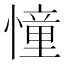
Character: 憧